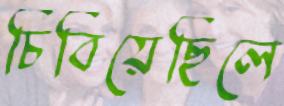
চিবিয়েছিলে